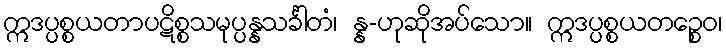
ဣဒပ္ပစ္စယတာပဋိစ္စသမုပ္ပန္နသင်္ခါတံ၊ န္န-ဟုဆိုအပ်သော။ ဣဒပ္ပစ္စယတဉ္စေဝ၊